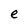
Character: e